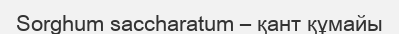
Sorghum saccharatum – қант құмайы